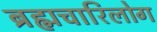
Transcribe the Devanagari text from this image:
ब्रह्मचारिलोग